Calcutta medical institutions reports 1871-78
Year: 1871
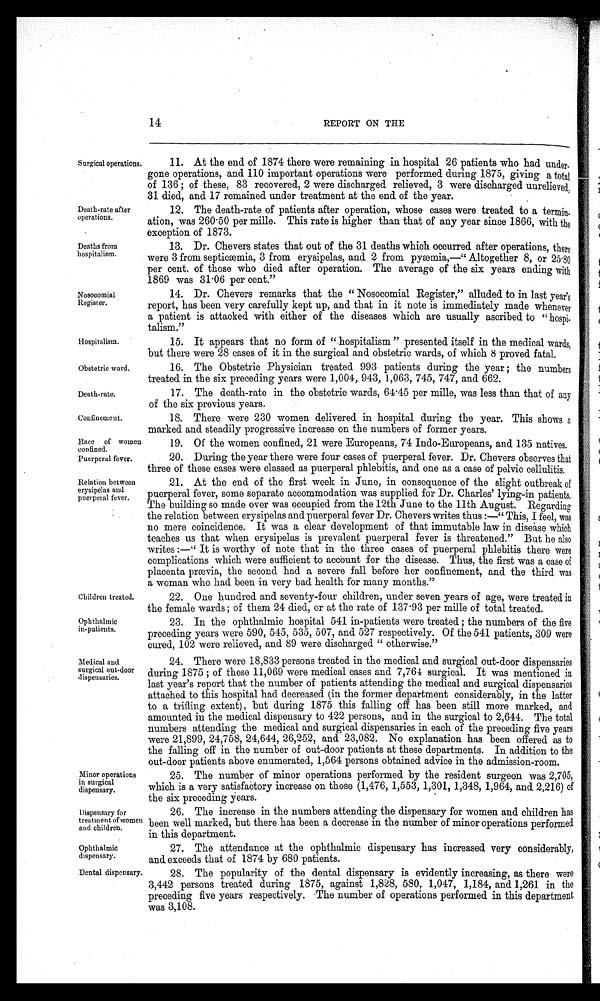
14
REPORT ON THE
Surgical operations.
Death-rate after
operations.
Deaths from
hospitalism.
Nosocomial
Register.
Hospitalism.
Obstetric ward.
Death-rate.
Confinement.
Race of women
confined.
Puerperal fever.
Relation between
erysipelas and
puerperal fever.
Children treated.
Ophthalmic
in-patients.
Medical and
surgical out-door
dispensaries.
Minor operations
in surgical
dispensary.
Dispensary for
treatment of women
and children.
Ophthalmic
dispensary.
11. At the end of 1874 there were remaining in hospital 26 patients who had under-
gone operations, and 110 important operations were performed during 1875, giving a total
of 136; of these, 83 recovered, 2 were discharged relieved, 3 were discharged unrelieved,
31 died, and 17 remained under treatment at the end of the year.
12. The death-rate of patients after operation, whose cases were treated to a termin-
ation, was 260.50 per mile. This rate is higher than that of any year since 1866, with the
exception of 1873.
13. Dr. Chevers states that out of the 31 deaths which occurred after operations, there
were 3 from septicæmia, 3 from erysipelas, and 2 from pyæmia,—" Altogether 8, or 25.80
per cent. of those who died after operation. The average of the six years ending with
1869 was 31.06 per cent."
14. Dr. Chevers remarks that the "Nosocomial Register," alluded to in last year's
report, has been very carefully kept up, and that in it note is immediately made whenever
a patient is attacked with either of the diseases which are usually ascribed to " hospi-
talism."
15. It appears that no form of " hospitalism " presented itself in the medical wards,
but there were 28 cases of it in the surgical and obstetric wards, of which 8 proved fatal.
16. The Obstetric Physician treated 993 patients during the year; the numbers
treated in the six preceding years were 1,004, 943, 1,063, 745, 747, and 662.
17. The death-rate in the obstetric wards, 64 .45 per mille, was less than that of any
of the six previous years.
18. There were 230 women delivered in hospital during the year. This shows a
marked and steadily progressive increase on the numbers of former years.
19. Of the women confined, 21 were Europeans, 74 Indo-Europeans, and 135 natives.
20. During the year there were four cases of puerperal fever. Dr. Chevers observes that
three of these cases were classed as puerperal phlebitis, and one as a case of pelvic cellulitis.
21. At the end of the first week in June, in consequence of the slight outbreak of
puerperal fever, some separate accommodation was supplied for Dr. Charles' lying-in patients.
The building so made over was occupied from the 12th June to the 11th August. Regarding
the relation between erysipelas and puerperal fever Dr. Chevers writes thus:—"This, I feel, was
no mere coincidence. It was a clear development of that immutable law in disease which
teaches us that when erysipelas is prevalent puerperal fever is threatened." But he also
writes :—"It is worthy of note that in the three cases of puerperal phlebitis there were
complications which were sufficient to account for the disease. Thus, the first was a case of
placenta prævia, the second had a severe fall before her confinement, and the third was
a woman who had been in very bad health for many months."
22. One hundred and seventy-four children, under seven years of age, were treated in
the female wards; of them 24 died, or at the rate of 137.93 per mille of total treated.
23. In the ophthalmic hospital 541 in-patients were treated; the numbers of the five
preceding years were 590, 545, 535, 507, and 527 respectively. Of the 541 patients, 309 were
cured, 102 were relieved, and 89 were discharged " otherwise."
24. There were 18,833 persons treated in the medical and surgical out-door dispensaries
during 1875; of these 11,069 were medical cases and 7,764 surgical. It was mentioned in
last year's report that the number of patients attending the medical and surgical dispensaries
attached to this hospital had decreased (in the former department considerably, in the latter
to a trifling extent), but during 1875 this falling off has been still more marked, and
amounted in the medical dispensary to 422 persons, and in the surgical to 2,644. The total
numbers attending the medical and surgical dispensaries in each of the preceding five years
were 21,899, 24,758, 24,644, 26,252, and 23,082. No explanation has been offered as to
the falling off in the number of out-door patients at these departments. In addition to the
out-door patients above enumerated, 1,564 persons obtained advice in the admission-room.
25. The number of minor operations performed by the resident surgeon was 2,705,
which is a very satisfactory increase on those (1,476, 1,553, 1,301, 1,348, 1,964, and. 2,216) of
the six preceding years.
26. The increase in the numbers attending the dispensary for women and children has
been well marked, but there has been a decrease in the number of minor operations performed
in this department.
27. The attendance at the ophthalmic dispensary has increased very considerably,
and exceeds that of 1874 by 680 patients.
28. The popularity of the dental dispensary is evidently increasing, as there were
3,442 persons treated during 1875, against 1,828, 580, 1,047, 1,184, and 1,261 in the
preceding five years respectively. The number of operations performed in this department
was 3,108.
Dental dispensary.